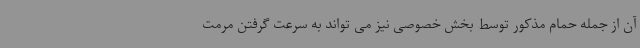
آن از جمله حمام مذکور توسط بخش خصوصی نیز می تواند به سرعت گرفتن مرمت